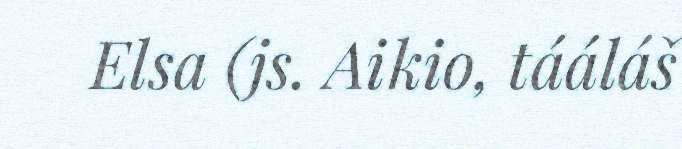
Elsa (js. Aikio, tááláš